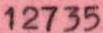
12735